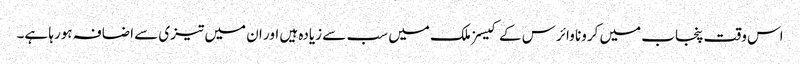
اس وقت پنجاب میں کرونا وائرس کے کیسز ملک میں سب سے زیادہ ہیں اور ان میں تیزی سے اضافہ ہورہا ہے۔